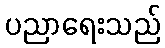
ပညာရေးသည်